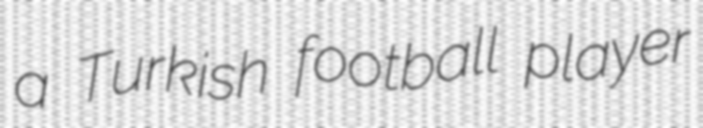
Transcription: a Turkish football player